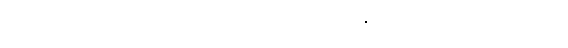
အိပ်ခြင်း ပျင်းရိခြင်းစသည်ကို ဝီရိယဖြင့် နှင်ထုတ်ရကြောင်းဂါထာ